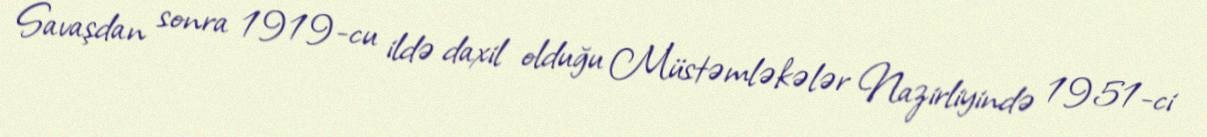
Savaşdan sonra 1919-cu ildə daxil olduğu Müstəmləkələr Nazirliyində 1951-ci